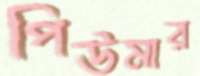
পিউমার